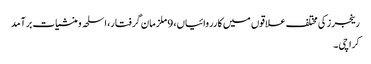
رینجرز کی مختلف علاقوں میں کارروائیاں، 9 ملزمان گرفتار، اسلحہ و منشیات برآمد
کراچی ۔